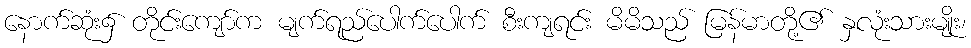
နောက်ဆုံး၌ တိုင်းကျော်က မျက်ရည်ပေါက်ပေါက် စီးကျရင်း မိမိသည် မြန်မာတို့၏ နှလုံးသားမျိုး၊